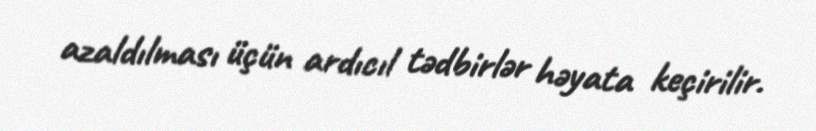
azaldılması üçün ardıcıl tədbirlər həyata keçirilir.